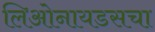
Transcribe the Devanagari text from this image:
लिओनायडसचा